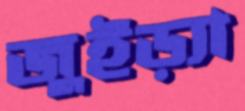
জুইড়্যা